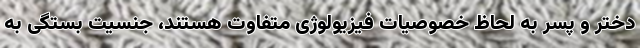
دختر و پسر به لحاظ خصوصیات فیزیولوژی متفاوت هستند، جنسیت بستگی به